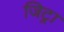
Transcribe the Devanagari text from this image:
जिट्रा